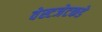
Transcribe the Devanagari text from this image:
वेस्टजेटकडे